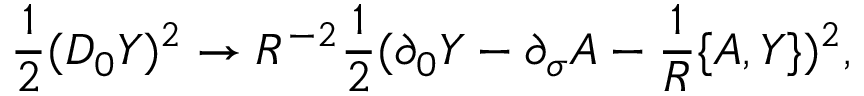
{ \frac { 1 } { 2 } } ( D _ { 0 } Y ) ^ { 2 } \rightarrow R ^ { - 2 } { \frac { 1 } { 2 } } ( \partial _ { 0 } Y - \partial _ { \sigma } A - { \frac { 1 } { R } } \{ A , Y \} ) ^ { 2 } ,